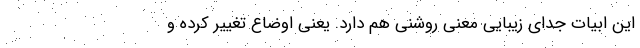
این ابیات جدای زیبایی معنی روشنی هم دارد. یعنی اوضاع تغییر کرده و